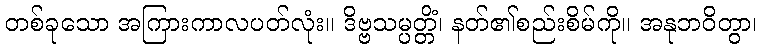
တစ်ခုသော အကြားကာလပတ်လုံး။ ဒိဗ္ဗသမ္ပတ္တိံ၊ နတ်၏စည်းစိမ်ကို။ အနုဘဝိတွာ၊